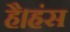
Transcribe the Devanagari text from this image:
है।हंस